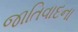
જાતિવાદના